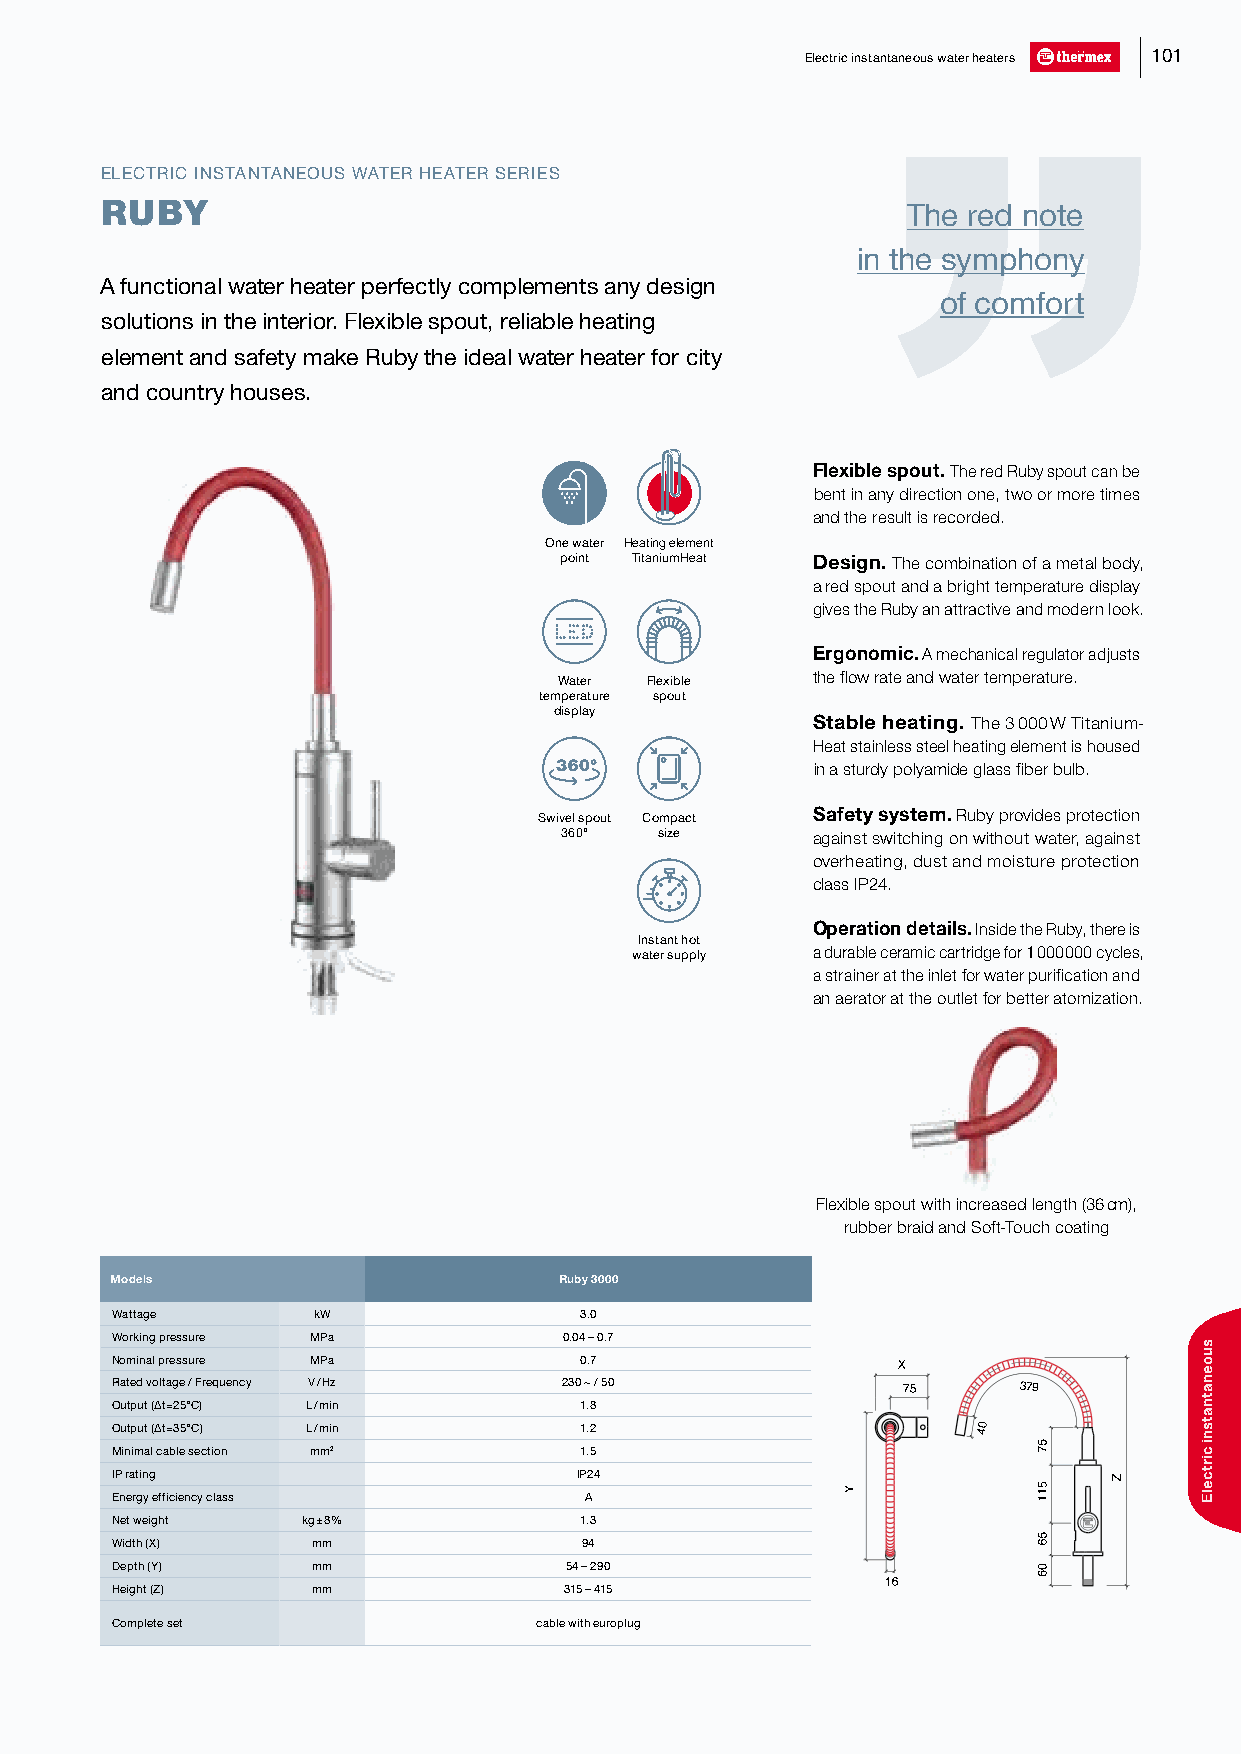
Electric instantaneous water heaters 101
 ELECTRIC INSTANTANEOUS WATER HEATER SERIES
 RUBY                                                 The red note
 in the symphony
 A functional water heater perfectly complements any design
 of comfort
 solutions in the interior. Flexible spout, reliable heating
 element and safety make Ruby the ideal water heater for city
 and country houses.
 Flexible spout. The red Ruby spout can be
 bent in any direction one, two or more times
 and the result is recorded.
 One water Heating element
 point TitaniumHeat Design. The combination of a metal body,
 a red spout and a bright temperature display
 gives the Ruby an attractive and modern look.
 Ergonomic. A mechanical regulator adjusts
 Water Flexible   the flow rate and water temperature.
 temperature spout
 display
 Stable heating. The 3 000 W Titanium-
 Heat stainless steel heating element is housed
 in a sturdy polyamide glass fiber bulb.
 Swivel spout Compact Safety system. Ruby provides protection
 360°   size      against switching on without water, against
 overheating, dust and moisture protection
 class IP24.
 Operation details. Inside the Ruby, there is
 Instant hot
 water supply a durable ceramic cartridge for 1 000 000 cycles,
 a strainer at the inlet for water purification and
 an aerator at the outlet for better atomization.
 Flexible spout with increased length (36 cm),
 rubber braid and Soft-Touch coating
 Models                        Ruby 3000
 Wattage       kW               3.0
 Working pressure MPa          0.04 – 0.7
 Nominal pressure MPa           0.7
 X
 Rated voltage / Frequency V / Hz 230 ~ / 50
 7755   3799
 Output (∆t=25°С) L / min       1.8
 Output (∆t=35°С) L / min       1.2                        400
 Minimal cable section mm2      1.5
 IP rating                      IP24
 Energy efficiency class         A
 Net weight   kg ± 8%           1.3
 Width (X)     mm               94
 Depth (Y)     mm              54 – 290
 Height (Z)    mm              315 – 415             166
 Complete set                cable with europlug
 Y
 5577
 5511
 5566
 0066
 Z
 suoenatnatsni
 cirtcelE